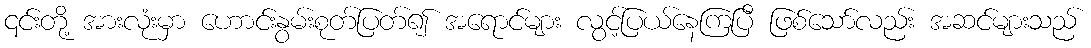
၎င်းတို့ အားလုံးမှာ ဟောင်းနွမ်းစုတ်ပြတ်၍ အရောင်များ လွင့်ပြယ်နေကြပြီ ဖြစ်သော်လည်း အဆင်များသည်